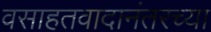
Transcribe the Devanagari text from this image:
वसाहतवादानंतरच्या